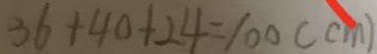
3 6 + 4 0 + 2 4 = 1 0 0 ( c m )